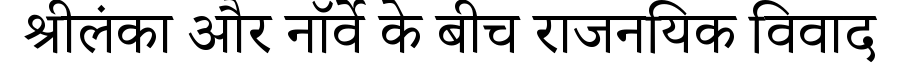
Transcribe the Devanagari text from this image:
श्रीलंका और नॉर्वे के बीच राजनयिक विवाद